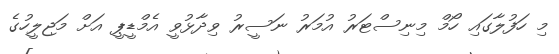
މި ހަފުލާގައި ހޯމް މިނިސްޓަރު އުމަރު ނަސީރު ވިދާޅުވީ އެމްޑީޕީ އަށް މަޖިލީހުގެ